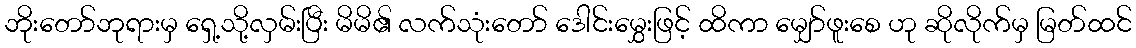
ဘိုးတော်ဘုရားမှ ရှေ့သို့လှမ်းပြီး မိမိ၏ လက်သုံးတော် ဒေါင်းမွှေးဖြင့် ထိကာ မျှော်ဖူးစေ ဟု ဆိုလိုက်မှ မြတ်ထင်